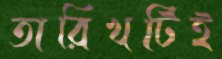
তারিখটিই